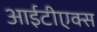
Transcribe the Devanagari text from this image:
आईटीएक्स